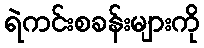
ရဲကင်းစခန်းများကို